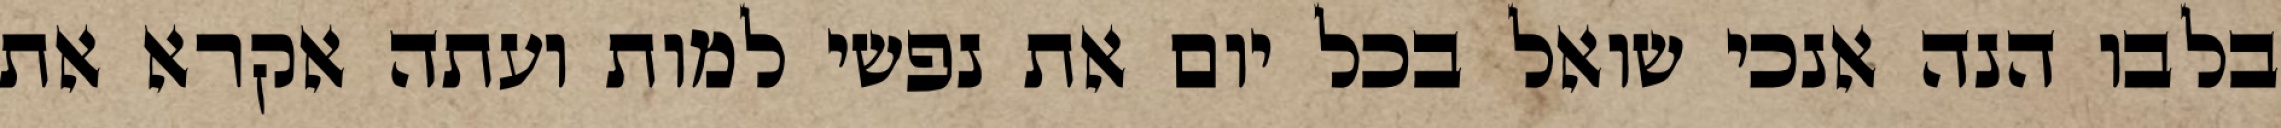
בלבו הנה אנכי שואל בכל יום את נפשי למות ועתה אקרא את